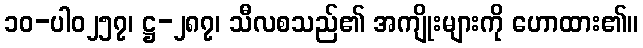
၁၀-ပါ၀၂၅၇၊ ဋ္ဌ-၂၈၇၊ သီလစသည်၏ အကျိုးများကို ဟောထား၏။